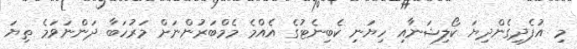
މި އުފެދިގެންދިޔަ ކޯލިޝަނާއި ހިޔަނި ކެބިނެޓުގެ އެއްމެ މެމްބަރުންނަށް މަރުހަބާ ދަންނަވަމެ ތިޔަ